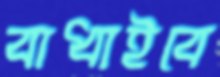
বাধাইবে